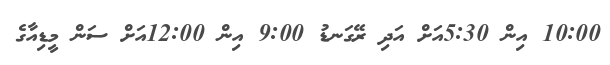
10:00 އިން 5:30އަށް އަދި ރޭގަނޑު 9:00 އިން 12:00އަށް ސަން މީޑިއާގެ